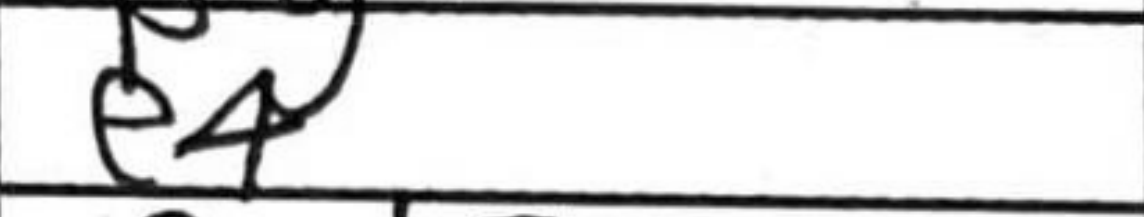
Transcription: e4